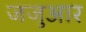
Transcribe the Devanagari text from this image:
जजुआर